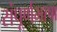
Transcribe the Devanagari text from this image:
संपूर्णभाषा